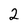
Character: 2